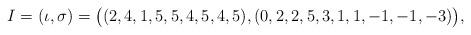
LaTeX: \begin{align*} I = (\iota, \sigma) = \big( (2,4,1,5,5,4,5,4,5), (0,2,2,5,3,1,1,-1,-1,-3) \big), \end{align*}